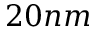
2 0 n m